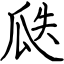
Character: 瓞